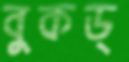
বুকড্